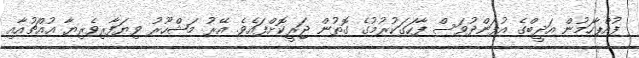
ފުއްޕާހަމުން އަދީބްގެ އުފަންދުވަސް ފާހަގަކުރުމުގެ ގޮތުން ޖަރީކޮށްފައެވެ. އޭރު މަޝްހޫރު ވިޔަފާރިވެރިޔާ އުއްޗުއާއި